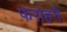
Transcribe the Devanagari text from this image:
फराहने